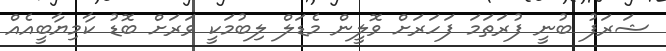
ޝަރަފު ބުނީ ފުރަތަމަ ފަހަރަށް ވޮލީން މެޑަލް ލިބުމަކީ ވަރަށް ބޮޑު ކާމިޔާބީއެއް